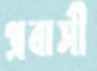
প্রবাসী